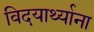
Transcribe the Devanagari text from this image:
विदयार्थ्याना